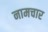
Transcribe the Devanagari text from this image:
नामचार